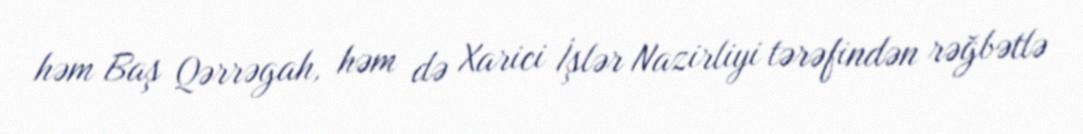
həm Baş Qərrəgah, həm də Xarici İşlər Nazirliyi tərəfindən rəğbətlə